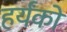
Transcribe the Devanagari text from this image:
हर्यंकों